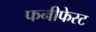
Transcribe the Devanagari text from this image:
फनीफेस्ट